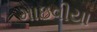
માઇવીયા